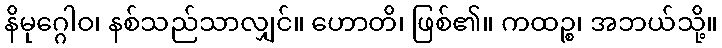
နိမုဂ္ဂေါဝ၊ နစ်သည်သာလျှင်။ ဟောတိ၊ ဖြစ်၏။ ကထဉ္စ၊ အဘယ်သို့။